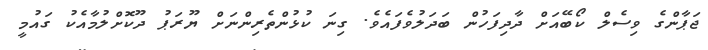
ޖަޕާންގެ ވިސެލް ކޯބޭއަށް ދާދިފަހުން ބަދަލުވެފައެވެ. ގިނަ ކުޅުންތެރިންނަށް ޔޫރަޕު ދޫކޮށްލުމާއެކު ގައުމީ